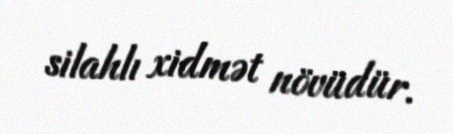
silahlı xidmət növüdür.